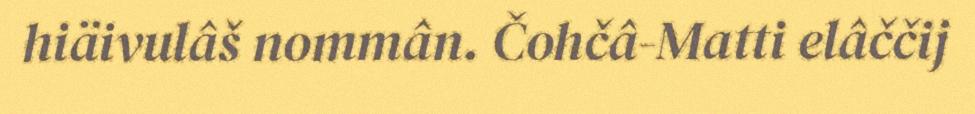
hiäivulâš nommân. Čohčâ-Matti elâččij